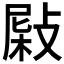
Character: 𢾂